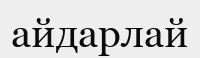
айдарлай